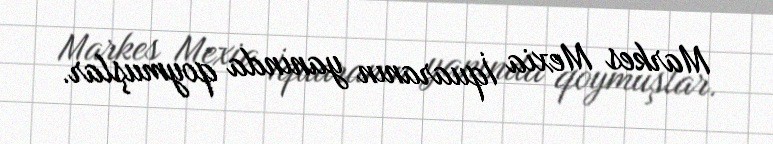
Markes Mexia İquaranın yanında qoymuşlar.